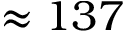
\approx 1 3 7